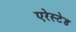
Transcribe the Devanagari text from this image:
एरेस्टेड